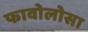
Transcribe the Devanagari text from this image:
फावोलोसा